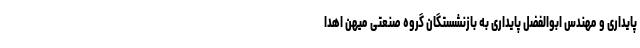
پایداری و مهندس ابوالفضل پایداری به بازنشستگان گروه صنعتی میهن اهدا